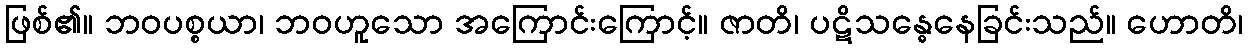
ဖြစ်၏။ ဘဝပစ္စယာ၊ ဘဝဟူသော အကြောင်းကြောင့်။ ဇာတိ၊ ပဋိသန္ဓေနေခြင်းသည်။ ဟောတိ၊